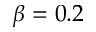
\beta = 0 . 2